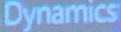
Dynamics